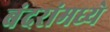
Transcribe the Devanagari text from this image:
बंदरांमध्ये